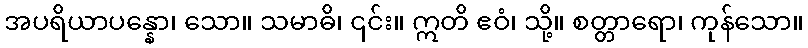
အပရိယာပန္နော၊ သော။ သမာဓိ၊ ၎င်း။ ဣတိ ဧဝံ၊ သို့။ စတ္တာရော၊ ကုန်သော။